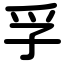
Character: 孚